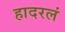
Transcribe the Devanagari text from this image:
हादरलं